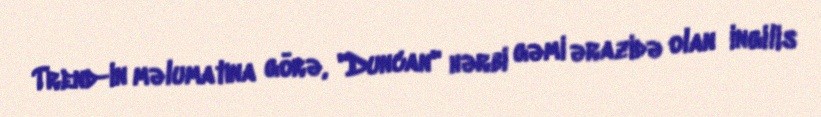
Trend-in məlumatına görə, "Duncan" hərbi gəmi ərazidə olan ingilis